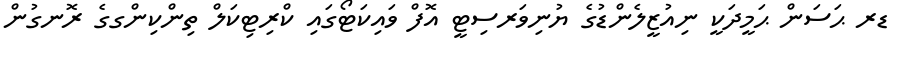
ޑރ ޙަސަން ޙަމީދަކީ ނިއުޒީލެންޑުގެ ޔުނިވަރސިޓީ އޮފް ވައިކަޓޯގައި ކްރިޓިކަލް ތިންކިންގގެ ރޮނގުން